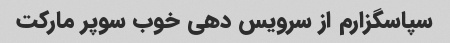
سپاسگزارم از سرویس دهی خوب سوپر مارکت